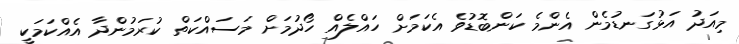
މިއަދު އަޅުގަނޑުމެން އެންމެ ކަންބޮޑުވެ އެކަމަށް ހައްލެއް ހޯދުމަށް މަސައްކަތް ކުރަމުންދާ އެއްކަމަކީ